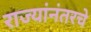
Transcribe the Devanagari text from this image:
राज्यांनंतरचे